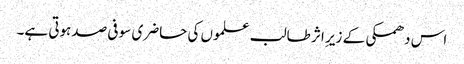
اس دھمکی کے زیرِ اثر طالب علموں کی حاضری سو فی صدہوتی ہے۔